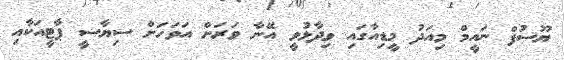
ޔޫސުފް ނައީމް މިއަދު މީޑިއާގައި ވިދާޅުވީ އޭނާ ވަރަށް އަވަހަށް ސިޔާސީ ޕާޓީއަކާއި